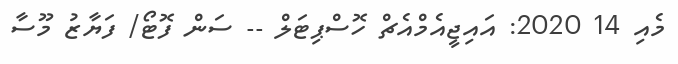
މެއި 14 2020: އައިޖީއެމްއެޗް ހޮސްޕިޓަލް -- ސަން ފޮޓޯ/ ފަޔާޒު މޫސާ